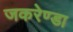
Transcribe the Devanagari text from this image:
जकरेण्डा